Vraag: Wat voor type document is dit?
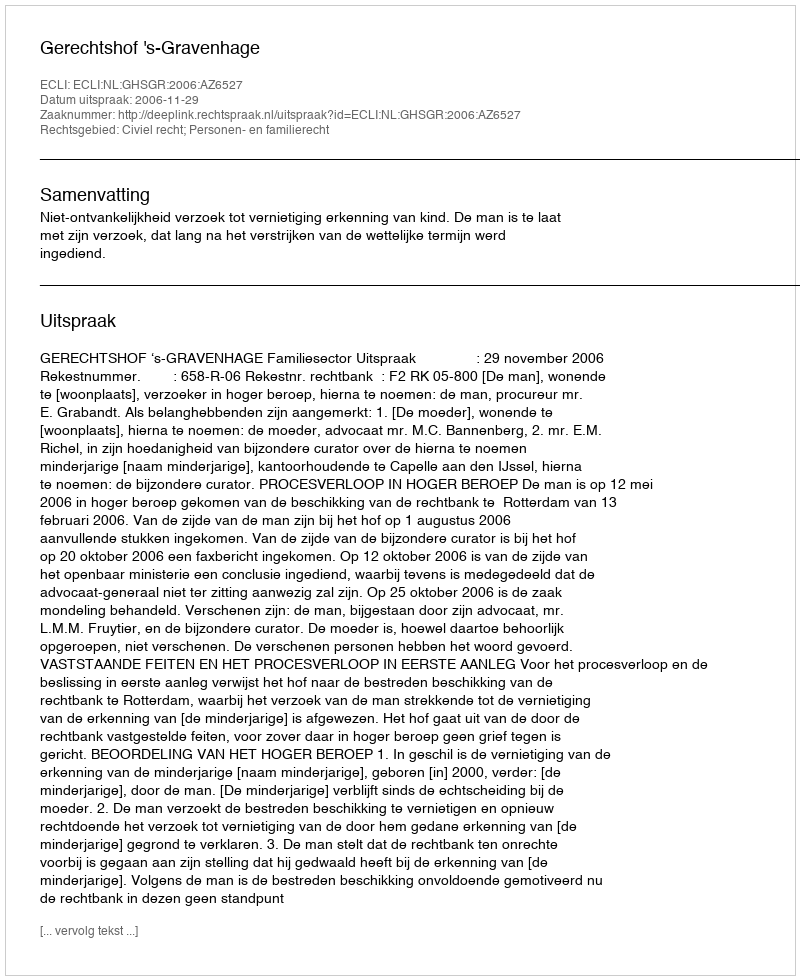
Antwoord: Uitspraak